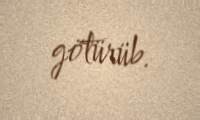
götürüb.